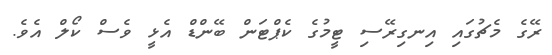
ރޭގެ މެޗުގައި އިނގިރޭސި ޓީމުގެ ކެޕްޓަން ބޭންޑް އެޅީ ވެސް ކޯލް އެވެ.